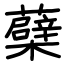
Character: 蘗